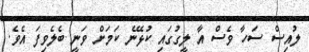
ލުއިސް ސަހާ ވެސް އާ ލީގުގައި ކުޅޭނެ ކަމަށް ވަނީ ބެލެވިފަ އެވެ.